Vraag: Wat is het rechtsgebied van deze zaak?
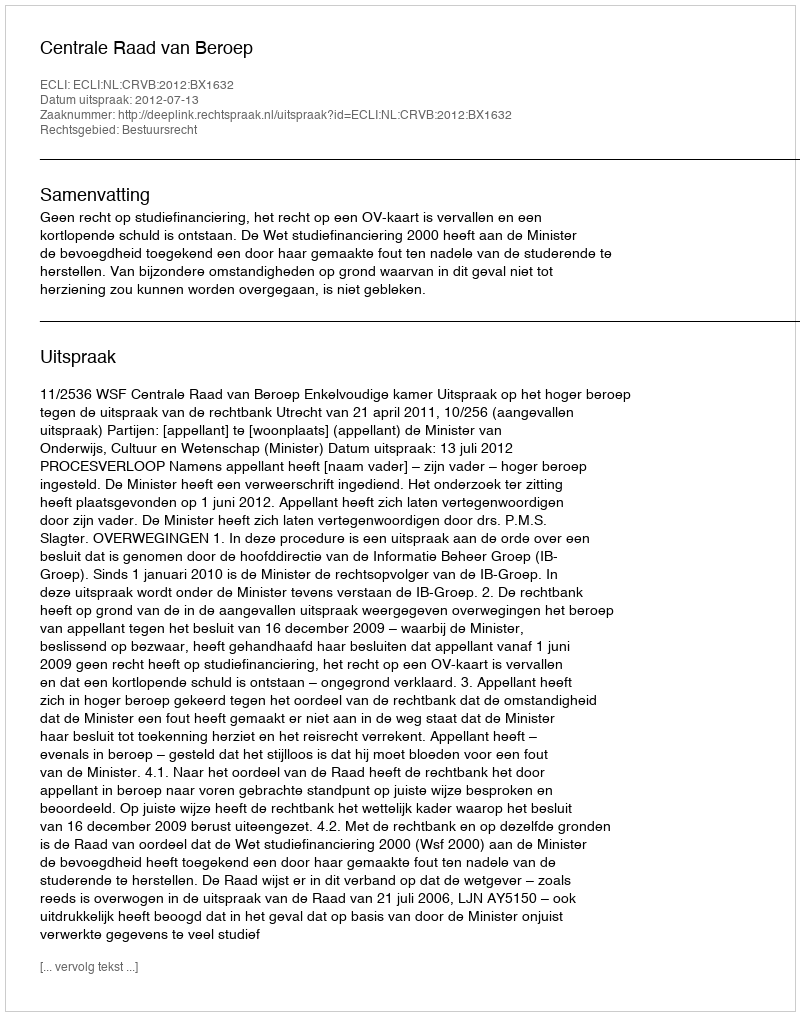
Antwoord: Bestuursrecht